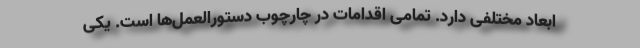
ابعاد مختلفی دارد. تمامی اقدامات در چارچوب دستورالعمل‌ها است. یکی